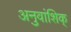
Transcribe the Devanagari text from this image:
अनुवांशिक्